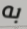
به